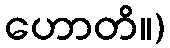
ဟောတိ။)